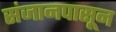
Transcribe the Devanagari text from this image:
संजानपासून